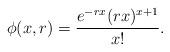
LaTeX: \begin{align*}\phi(x,r)=\frac{e^{-rx} (rx)^{x+1}}{x!}.\end{align*}